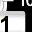
Digit: 1